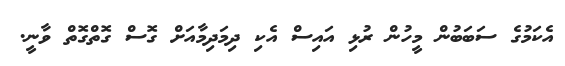
އެކަމުގެ ސަބަބުން މީހުން ރުޅި އައިސް އެކި ދިމަދިމާއަށް ގޮސް ގޮތްގޮތް ވާނީ.